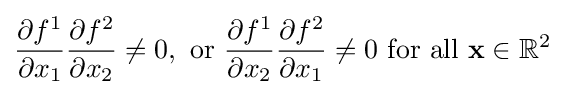
{\frac {\partial f^{1}}{\partial x_{1}}}{\frac {\partial f^{2}}{\partial x_{2}}}\neq 0,{\text{ or }}{\frac {\partial f^{1}}{\partial x_{2}}}{\frac {\partial f^{2}}{\partial x_{1}}}\neq 0{\text{ for all }}\mathbf {x} \in \mathbb {R} ^{2}